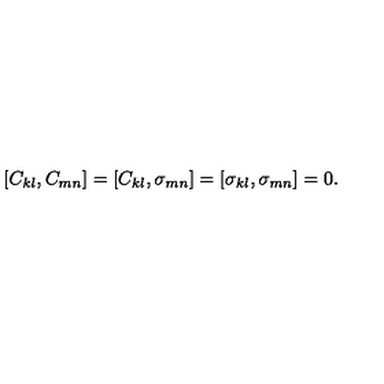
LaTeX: [ C _ { k l } , C _ { m n } ] = [ C _ { k l } , \sigma _ { m n } ] = [ \sigma _ { k l } , \sigma _ { m n } ] = 0 .